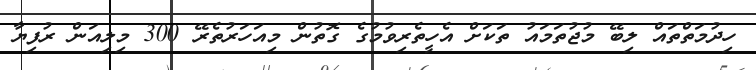
ހިދުމަތްތައް ލިބޭ މުޖުތަމައު ތަކަށް އެހީތެރިވުމުގެ ގޮތުން މިއަހަރުތެރޭ 300 މިލިއަން ރުފިޔާ